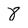
Character: 8